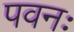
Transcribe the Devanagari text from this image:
पवनः